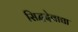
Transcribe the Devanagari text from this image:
सिद्धदेवाद्या